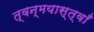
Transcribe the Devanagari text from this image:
त्वन्मयास्त्वाँ